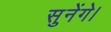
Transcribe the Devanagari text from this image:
सुनेंगे।